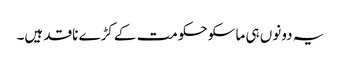
یہ دونوں ہی ماسکو حکومت کےکڑے ناقد ہیں۔